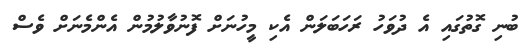
ބުނި ގޮތުގައި އެ ދުވަހު ރަހަބަލަން އެކި މީހުނަށް ފޮނުވާލުމުން އެންމެނަށް ވެސް